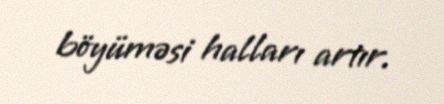
böyüməsi halları artır.